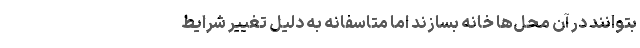
بتوانند در آن محل‌ها خانه بسازند اما متاسفانه به دلیل تغییر شرایط